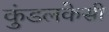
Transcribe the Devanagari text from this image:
कुंडलकेसी